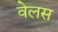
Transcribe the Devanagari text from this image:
वेलस